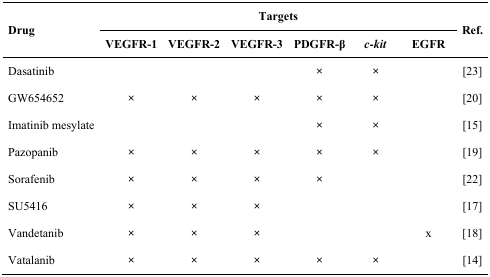
| <ROWSPAN=2> Drug | <COLSPAN=6> Targets | <ROWSPAN=2> Ref. |
 | VEGFR-1 | VEGFR-2 | VEGFR-3 | PDGFR-β | c-kit | EGFR |
 | --- | --- | --- | --- | --- | --- | --- | --- |
 | Dasatinib |  |  |  | × | × |  | [23] |
 | GW654652 | × | × | × | × | × |  | [20] |
 | Imatinib mesylate |  |  |  | × | × |  | [15] |
 | Pazopanib | × | × | × | × | × |  | [19] |
 | Sorafenib | × | × | × | × |  |  | [22] |
 | SU5416 | × | × | × |  |  |  | [17] |
 | Vandetanib | × | × | × |  |  | x | [18] |
 | Vatalanib | × | × | × | × | × |  | [14] |